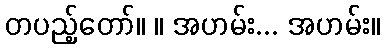
တပည့်တော်။ ။ အဟမ်း... အဟမ်း။